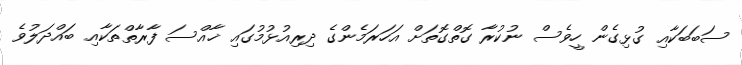
ސަބަބަކާއި ގުޅިގެން ހީވެސް ނުކުރާ ގޮތްގޮތަށް އަހަރަމެންގެ ދިރިއުޅުމުގައި ޚާއްސަ ފާރާތްތަކާއި ބައްދަލުވެ